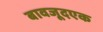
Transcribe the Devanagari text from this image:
बावजूदएक